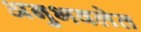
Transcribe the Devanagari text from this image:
अनुभवलेत